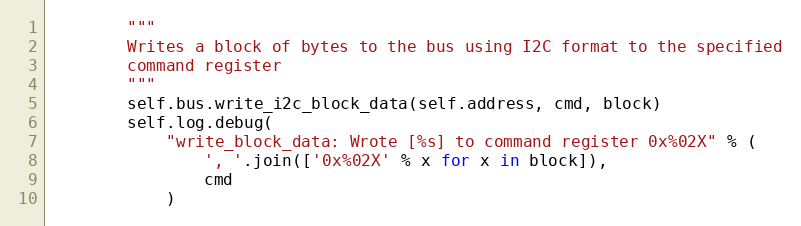
Language: Python
        """
        Writes a block of bytes to the bus using I2C format to the specified
        command register
        """
        self.bus.write_i2c_block_data(self.address, cmd, block)
        self.log.debug(
            "write_block_data: Wrote [%s] to command register 0x%02X" % (
                ', '.join(['0x%02X' % x for x in block]),
                cmd
            )